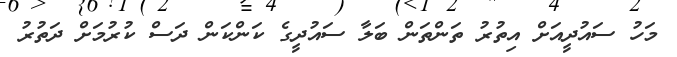
މަހު ސައުދީއަށް އިތުރު ތަންތަން ބަލާ ސައުދީގެ ކަންކަން ދަސް ކުރުމަށް ދަތުރު